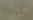
كيندل